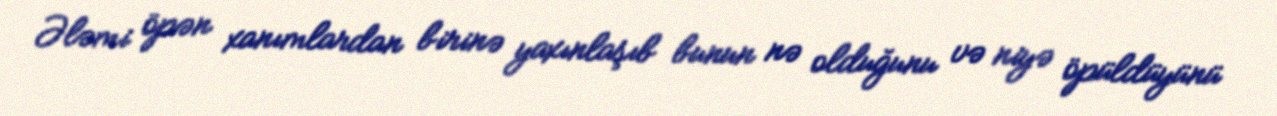
Ələmi öpən xanımlardan birinə yaxınlaşıb bunun nə olduğunu və niyə öpüldüyünü